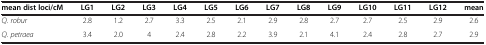
<table><thead><tr><td><b>mean dist loci/cM</b></td><td><b>LG1</b></td><td><b>LG2</b></td><td><b>LG3</b></td><td><b>LG4</b></td><td><b>LG5</b></td><td><b>LG6</b></td><td><b>LG7</b></td><td><b>LG8</b></td><td><b>LG9</b></td><td><b>LG10</b></td><td><b>LG11</b></td><td><b>LG12</b></td><td><b>mean</b></td></tr></thead><tbody><tr><td><i>Q. robur</i></td><td>2.8</td><td>1.2</td><td>2.7</td><td>3.3</td><td>2.5</td><td>2.1</td><td>2.9</td><td>2.8</td><td>2.7</td><td>2.7</td><td>2.5</td><td>2.9</td><td>2.6</td></tr><tr><td><i>Q. petraea</i></td><td>3.4</td><td>2.0</td><td>4</td><td>2.4</td><td>2.8</td><td>2.2</td><td>3.9</td><td>2.1</td><td>4.1</td><td>2.4</td><td>2.8</td><td>2.7</td><td>2.9</td></tr></tbody></table>